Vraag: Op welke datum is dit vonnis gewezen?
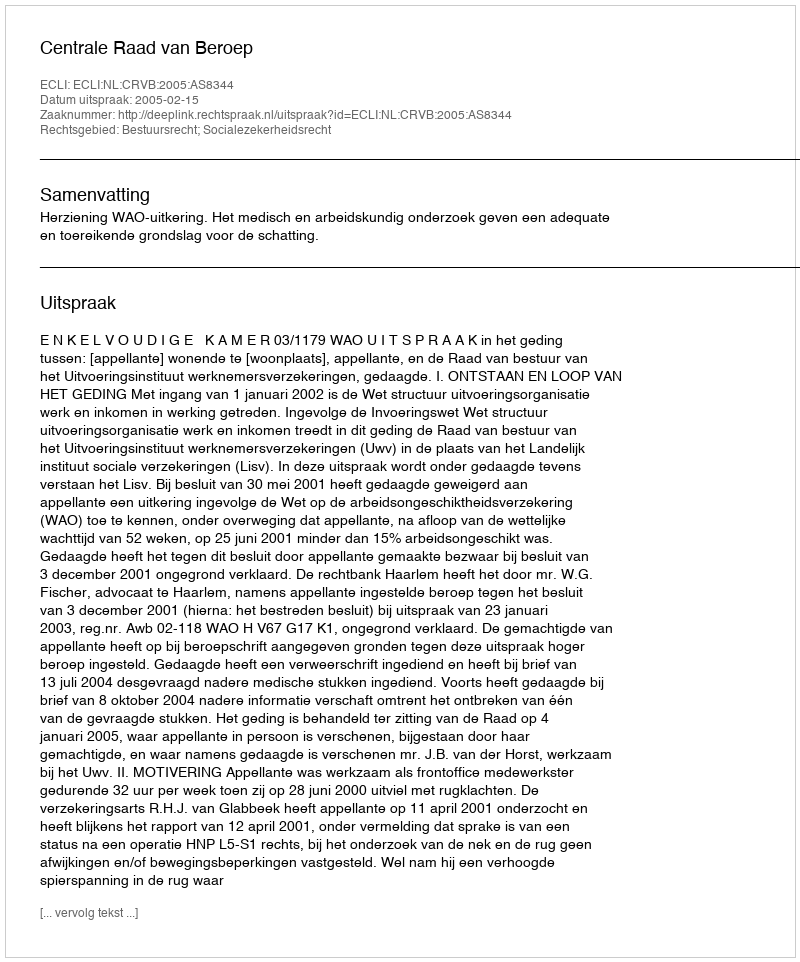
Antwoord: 2005-02-15